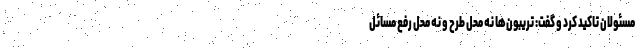
مسئولان تاکید کرد و گفت: تریبون‌ها نه محل طرح و نه محل رفع مسائل